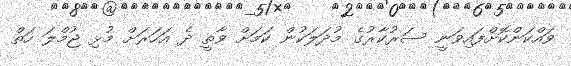
ވައްކަންކޮށްފައިވަނީ ސަރުކާރުގެ މުދަލަކުން ކަމަށް ވާތީ ދެ އަހަރަށް މުޅި ޖުމްލަ ހަތް